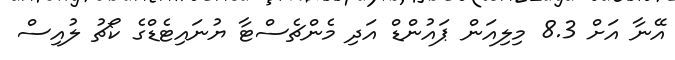
އޭނާ އަށް 8.3 މިލިއަން ޕައުންޑް އަދި މެންޗެސްޓާ ޔުނައިޓެޑްގެ ކޯޗު ލުއިސް